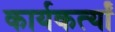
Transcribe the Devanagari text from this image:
कार्यकर्त्यां